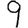
Digit: 9